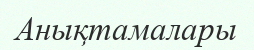
Анықтамалары